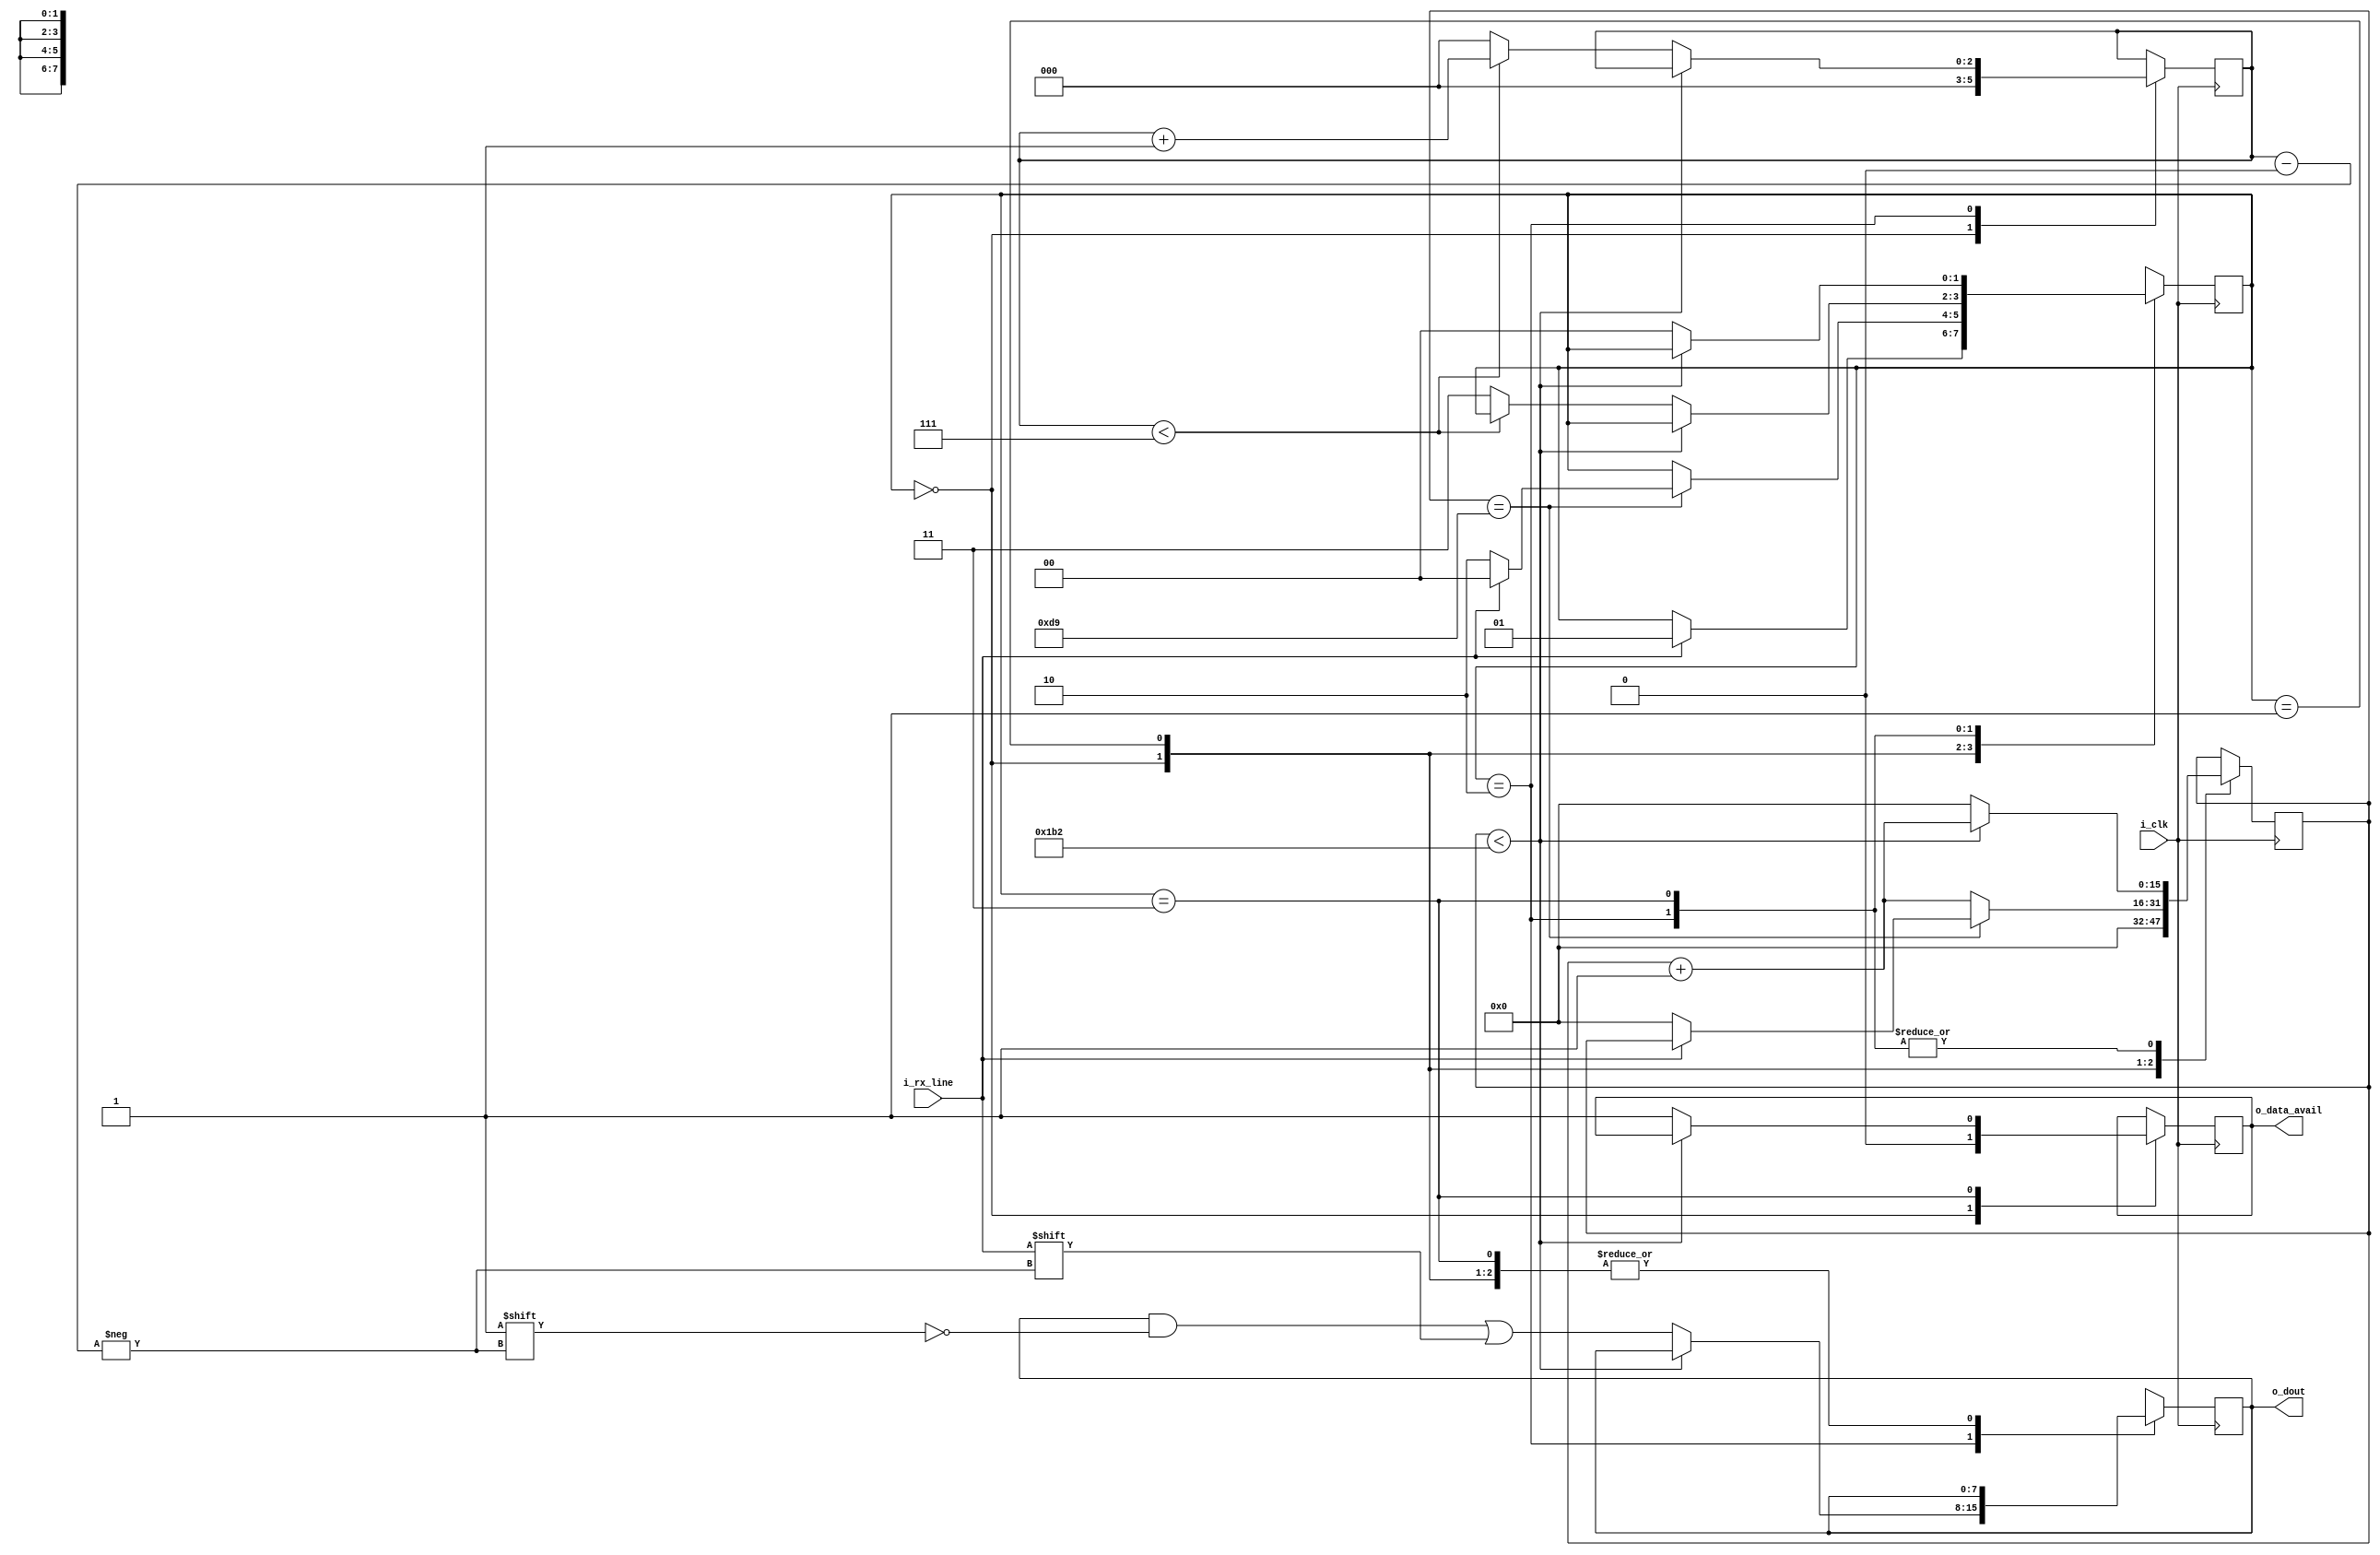
//CLKS_PER_BIT = 50 MHZ clock, 115200 baud UART

module UART_Rx
#(parameter CLKS_PER_BIT = 435)
(
input i_clk,
input i_rx_line,
output o_data_avail,
output [7:0] o_dout
);

localparam	IDLE	= 2'd0,
			START	= 2'd1,
			DATA	= 2'd2,
			STOP	= 2'd3;

reg rx_buffer;
reg rx;	
reg [1:0] state;		
reg [15:0] counter;
reg[2:0] bit_index;
reg data_avail;
reg[7:0] data_byte;



assign o_data_avail = data_avail;
assign o_dout = data_byte;


// State and other register
always @ ( posedge i_clk )
	begin
		rx_buffer <= i_rx_line;
		rx <= rx_buffer;
	end

always @ ( posedge i_clk )
	begin
		case (state)
				IDLE:
					begin
						data_avail <= 1'd0;
						counter <= 16'd0;
						bit_index <= 3'd0;
						if( i_rx_line )
							begin
								state <= START;
							end
					end
				START:
					begin
						if( counter == (CLKS_PER_BIT-1)/2 )
							begin
								if( ~i_rx_line )	//if still low at the middle of the start bit
									begin
										counter <= 16'd0;
										state <= DATA;
									end
								else
									begin
										state <= IDLE;
									end
							end
						else
							begin
								counter <= counter + 16'd1;
							end
					end
				DATA:
					begin
						if( counter < CLKS_PER_BIT-1 )
							begin
								counter <= counter + 16'd1;
							end
						else
							begin
								counter <= 16'd0;
								data_byte[bit_index] <= i_rx_line;
								
								if( bit_index < 7)
									begin
										bit_index <= bit_index + 1;
									end
								else
									begin
										bit_index <= 0;
										state = STOP;
									end
							end
					end
				STOP:
					begin
						if( counter < CLKS_PER_BIT-1 )
							begin
								counter <= counter + 16'd1;
							end
						else
							begin
								data_avail <= 1;
								counter <= 16'd0;
								state <= IDLE;
							end
					end
				default:
					begin
						state <= IDLE;
					end
			endcase
					
	end

endmodule